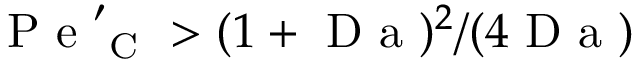
\mathrm { ~ P ~ e ~ } _ { \mathrm { ~ C ~ } } ^ { \prime } > ( 1 + \mathrm { ~ D ~ a ~ } ) ^ { 2 } / ( 4 \mathrm { ~ D ~ a ~ } )